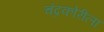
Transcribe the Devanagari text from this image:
चंद्रकोरीला